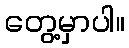
တွေ့မှာပါ။